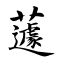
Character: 蘧